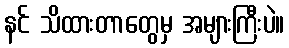
နင် သိထားတာတွေမှ အများကြီးပဲ။